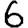
Digit: 6